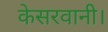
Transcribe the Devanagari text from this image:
केसरवानी।